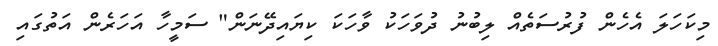
މިކަހަލަ އެހެން ފުރުސަތެއް ލިބުނު ދުވަހަކު ވާހަކަ ކިޔައިދޭނަން" ސަމީހާ އަހަރެން އަތުގައި